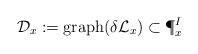
LaTeX: \begin{align*}{\cal D}_x:= {\rm graph} (\delta {\cal L}_x) \subset \P^I_x\end{align*}